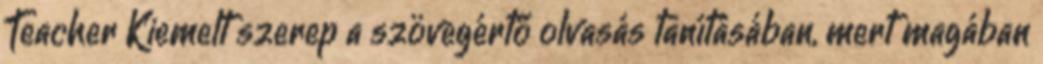
Teacher Kiemelt szerep a szövegértő olvasás tanításában, mert magában